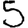
Digit: 5